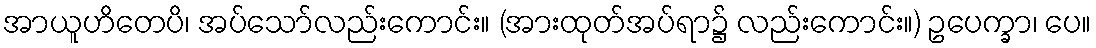
အာယူဟိတေပိ၊ အပ်သော်လည်းကောင်း။ (အားထုတ်အပ်ရာ၌ လည်းကောင်း။) ဥပေက္ခာ၊ ပေ။